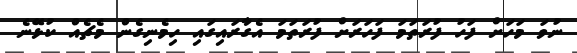
ނުވަ މަހަށް ފަހު ފުރަތަމަ ފަހަރަށް ފުރަތަމަ އެގާރައިގައި ހިމެނިގެން މެޗެއް ކުޅޭނެ